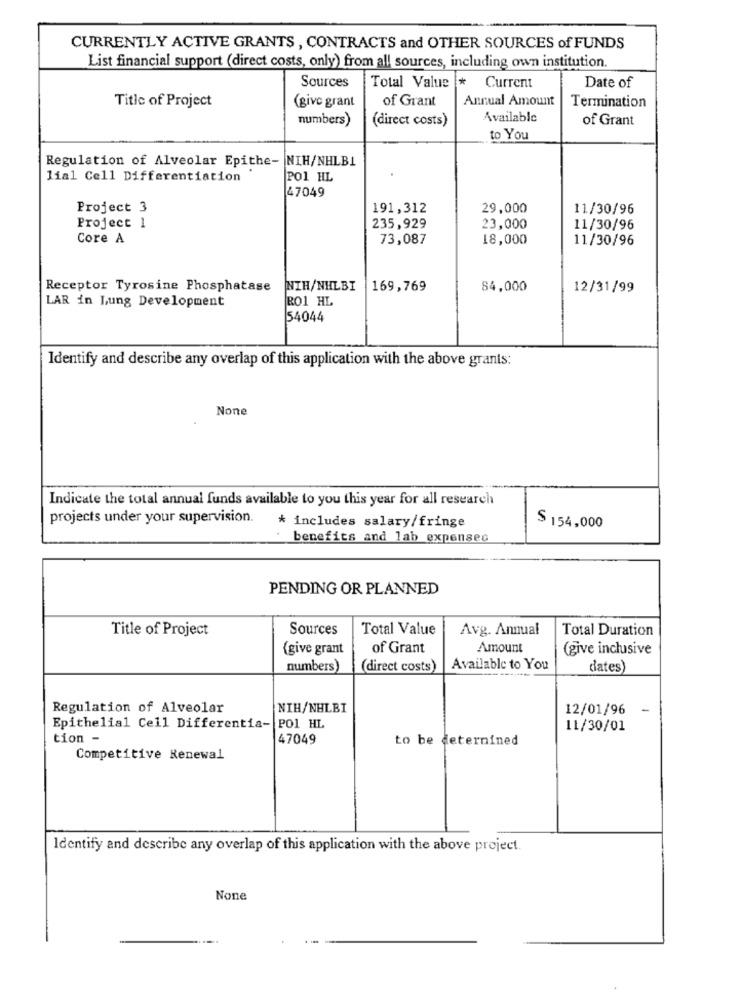
CURRENTLY ACTIVE GRANTS , CONTRACTS and OTHER SOURCES of FUNDS
List financial support (direct costs, only) from all sources, including own institution.
Sources
Total Value
* Current
Date of
Title of Project
of Grant
Annual Amount
(give grant
Termination
numbers)
(direct costs)
Available
of Grant
to You
Regulation of Alveolar Epithe- NIH/NHLBI
lial Cell Differentiation
POI HL
47049
Project 3
191,312
29,000
11/30/96
Project 1
235,929
23,000
11/30/96
Core A
73,087
18,000
11/30/96
Receptor Tyrosine Phosphatase
NIH/NHLBI
169,769
84,000
12/31/99
RO1 HL
LAR in Lung Development
54044
Identify and describe any overlap of this application with the above grants:
Indicate the total annual funds available to you this year for all research
projects under your supervision.
* includes salary/fringe
$ 154,000
benefits and lab expenseo
PENDING OR PLANNED
Title of Project
Sources
Total Value
Avg. Annual
Total Duration
(give grant
of Grant
Amount
(give inclusive
numbers)
(direct costs)
Available to You
dates)
Regulation of Alveolar
NIH/NHLBI
12/01/96
-
Epithelial Cell Differentia- PO1 HL
11/30/01
tion -
47049
to be determined
Competitive Renewal
Identify and describe any overlap of this application with the above project.